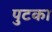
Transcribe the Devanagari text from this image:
पुटका